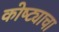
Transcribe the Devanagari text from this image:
कोष्ट्याचा